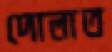
দোলাত